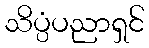
သိပ္ပံပညာရှင်